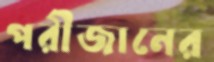
পরীজানের